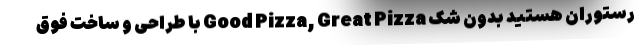
رستوران هستید بدون شک Good Pizza, Great Pizza با طراحی و ساخت فوق